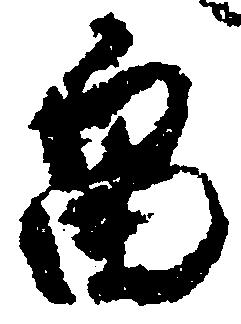
畠